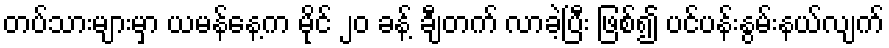
တပ်သားများမှာ ယမန်နေ့က မိုင် ၂၀ ခန့် ချီတက် လာခဲ့ပြီး ဖြစ်၍ ပင်ပန်းနွမ်းနယ်လျက်